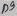
Text: D9